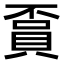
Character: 𧶏